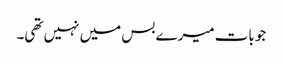
جو بات میرے بس میں نہیں تھی۔